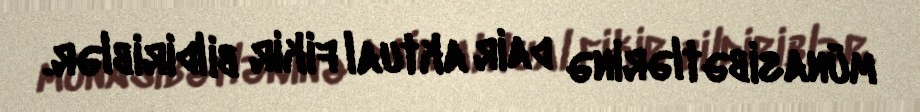
münasibətlərinə dair aktual fikir bildiriblər.